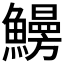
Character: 𩻠